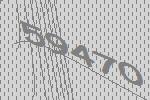
59470